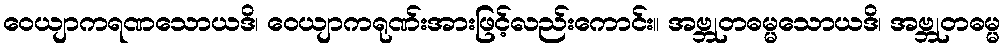
ဝေယျာကရဏသောယဒိ၊ ဝေယျာကရုဏ်းအားဖြင့်လည်းကောင်း။ အဗ္ဘုတဓမ္မသောယဒိ၊ အဗ္ဘုတဓမ္မ